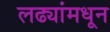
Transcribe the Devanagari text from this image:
लढ्यांमधून